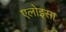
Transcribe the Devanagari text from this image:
एलोइसा